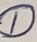
Text: 1